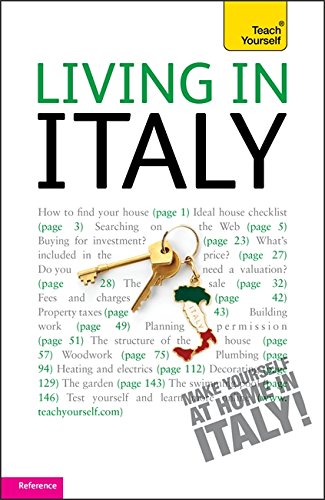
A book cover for Living in Italy (Teach Yourself); Peter MacBride; Travel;